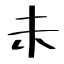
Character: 未